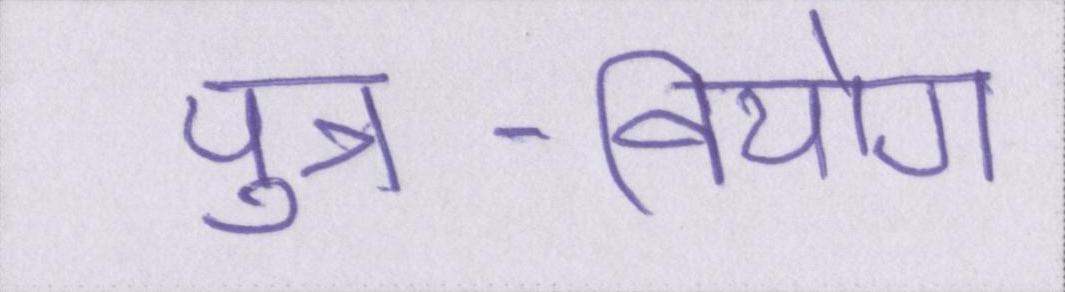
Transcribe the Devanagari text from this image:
पुत्र-वियोग